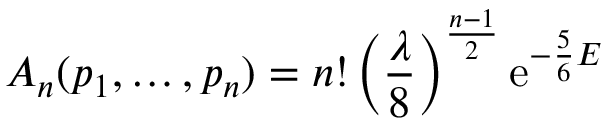
A _ { n } ( p _ { 1 } , \ldots , p _ { n } ) = n ! \left( { \frac { \lambda } { 8 } } \right) ^ { \frac { n - 1 } { 2 } } \mathrm { e } ^ { - { \frac { 5 } { 6 } } E }